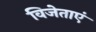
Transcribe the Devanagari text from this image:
विजेताएं